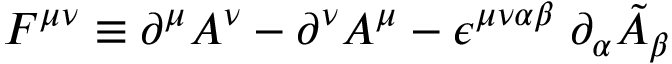
F ^ { \mu \nu } \equiv \partial ^ { \mu } A ^ { \nu } - \partial ^ { \nu } A ^ { \mu } - \epsilon ^ { \mu \nu \alpha \beta } \; \partial _ { \alpha } \tilde { A } _ { \beta }